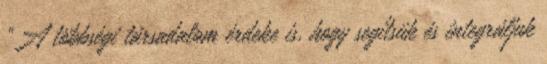
“A többségi társadalom érdeke is, hogy segítsük és integráljuk